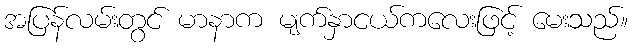
အပြန်လမ်းတွင် မာနာက မျက်နှာငယ်ကလေးဖြင့် မေးသည်။